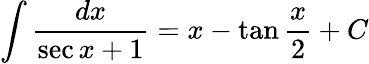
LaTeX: \int{\frac{dx}{\sec{x}+1}}=x-\tan{\frac{x}{2}}+C